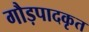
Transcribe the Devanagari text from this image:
गौड़पादकृत